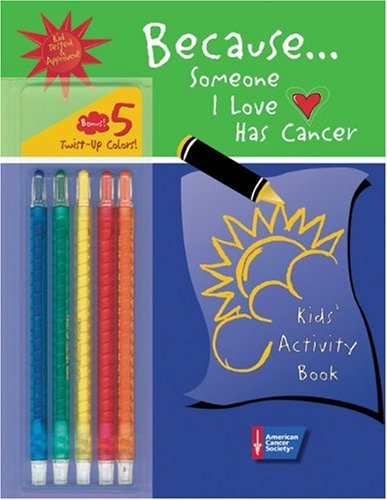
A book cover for Because . . . Someone I Love Has Cancer: Kids' Activity Book; American Cancer Society; Health, Fitness & Dieting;